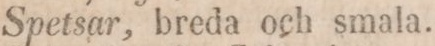
Spetsar, breda och smala.